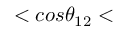
< c o s \theta _ { 1 2 } <